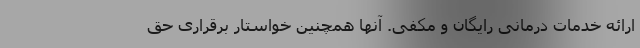
ارائه خدمات درمانی رایگان و مکفی. آنها همچنین خواستار برقراری حق